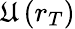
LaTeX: \mathfrak{U}\left(r_{T}\right)